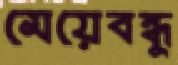
মেয়েবন্ধু